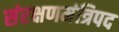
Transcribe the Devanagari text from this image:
संरक्षणमंत्रिपद